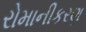
રોમાનીકરણ